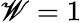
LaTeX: \mathscr{W}=1